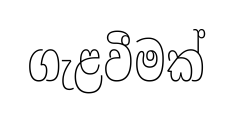
ගැළවීමක්